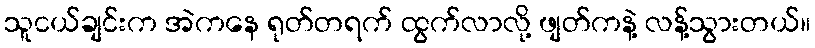
သူငယ်ချင်းက အဲကနေ ရုတ်တရက် ထွက်လာလို့ ဖျတ်ကနဲ့ လန့်သွားတယ်။